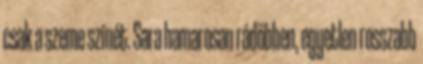
csak a szeme színét. Sara hamarosan rádöbben, egyetlen rosszabb